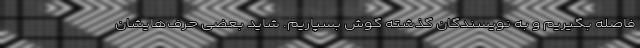
فاصله بگیریم و به نویسندگان گذشته گوش بسپاریم. شاید بعضی حرف‌هایشان